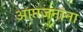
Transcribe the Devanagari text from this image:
आप्तजनांना